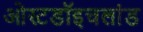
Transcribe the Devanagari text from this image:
ओस्टडॉइचलांड